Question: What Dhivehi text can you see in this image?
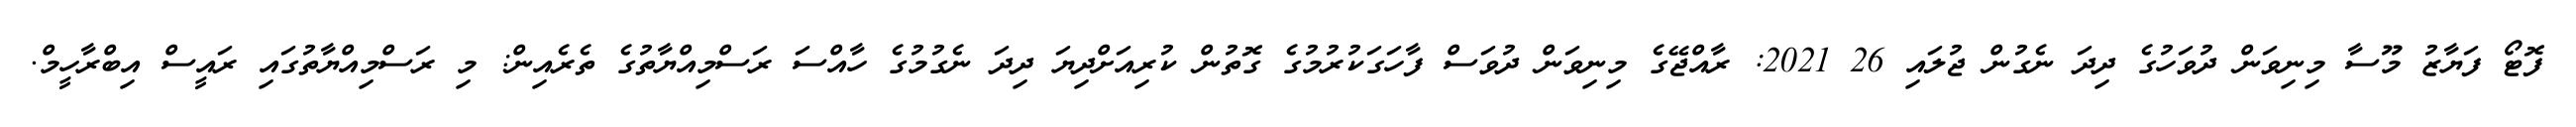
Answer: ފޮޓޯ ފަޔާޒު މޫސާ މިނިވަން ދުވަހުގެ ދިދަ ނެގުން ޖުލައި 26 2021: ރާއްޖޭގެ މިނިވަން ދުވަސް ފާހަގަކުރުމުގެ ގޮތުން ކުރިއަށްދިޔަ ދިދަ ނެގުމުގެ ހާއްސަ ރަސްމިއްޔާތުގެ ތެރެއިން: މި ރަސްމިއްޔާތުގައި ރައީސް އިބްރާހީމް.